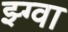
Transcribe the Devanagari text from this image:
झ्ग्वा